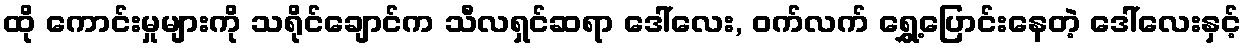
ထို ကောင်းမှုများကို သရိုင်ချောင်က သီလရှင်ဆရာ ဒေါ်လေး, ဝက်လက် ရွှေ့ပြောင်းနေတဲ့ ဒေါ်လေးနှင့်